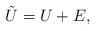
LaTeX: \begin{align*} \tilde{U} = U + E,\end{align*}